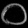
Digit: ၀